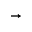
\rightarrow